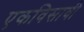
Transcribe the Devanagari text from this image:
एकविसावी